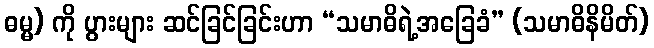
ဓမ္မ) ကို ပွားများ ဆင်ခြင်ခြင်းဟာ “သမာဓိရဲ့အခြေခံ” (သမာဓိနိမိတ်)